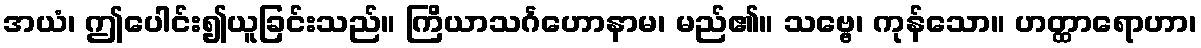
အယံ၊ ဤပေါင်း၍ယူခြင်းသည်။ ကြိယာသင်္ဂဟောနာမ၊ မည်၏။ သဗ္ဗေ၊ ကုန်သော။ ဟတ္ထာရောဟာ၊